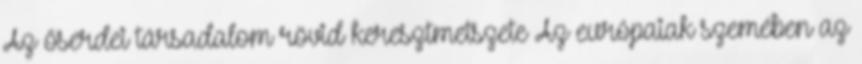
Az őserdei társadalom rövid keresztmetszete Az európaiak szemében az